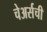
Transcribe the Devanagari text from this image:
चेअर्सची